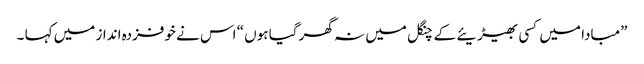
”مبادا میں کسی بھیڑیئے کے چنگل میں نہ گھر گیا ہوں “ اس نے خوفزدہ انداز میں کہا ۔